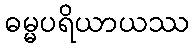
ဓမ္မပရိယာယဿ